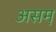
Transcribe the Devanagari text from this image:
असम़